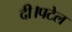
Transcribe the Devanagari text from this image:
दी।पटेल